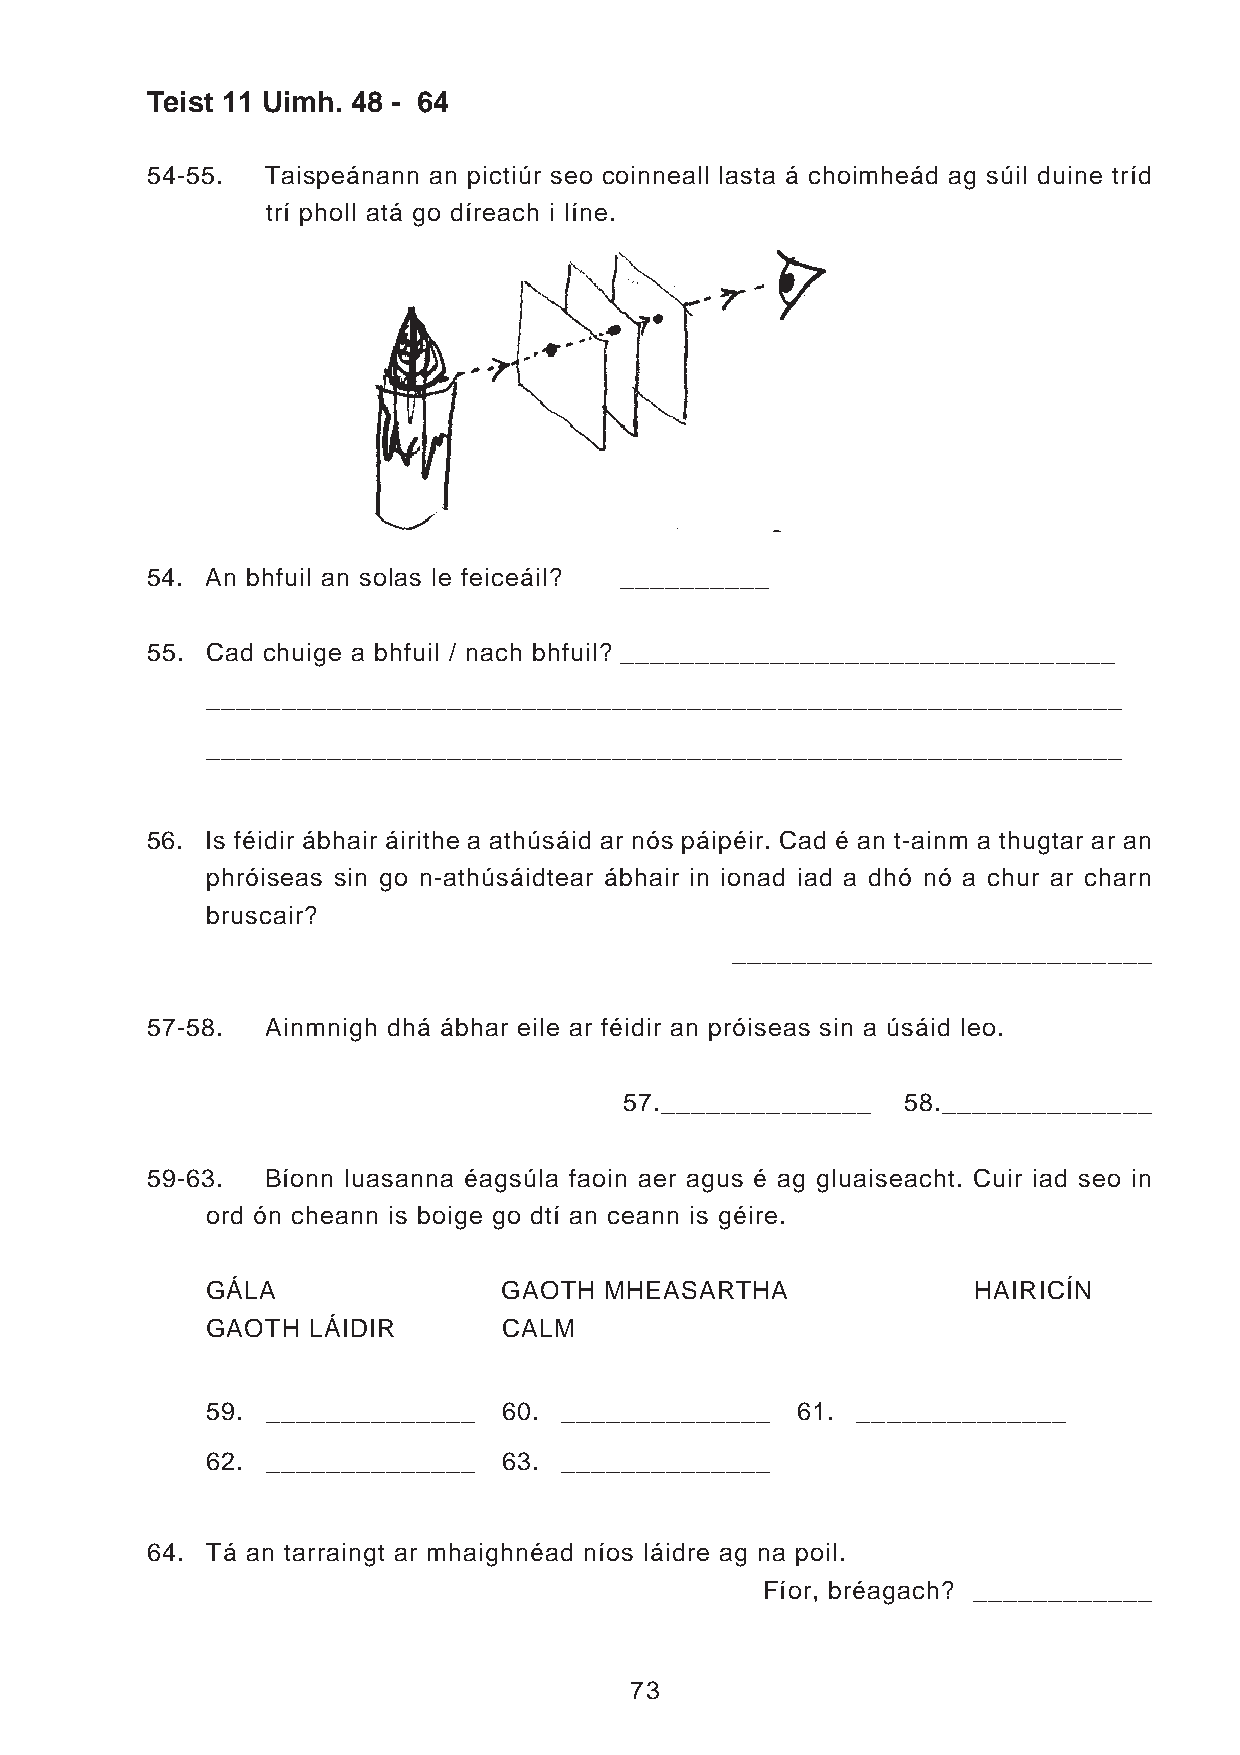
Teist 11 Uimh. 48 - 64
 54-55.  Taispeánann an pictiúr seo coinneall lasta á choimheád ag súil duine tríd
 trí pholl atá go díreach i líne.
 54. An bhfuil an solas le feiceáil? __________
 55. Cad chuige a bhfuil / nach bhfuil? _________________________________
 _____________________________________________________________
 _____________________________________________________________
 56. Is féidir ábhair áirithe a athúsáid ar nós páipéir. Cad é an t-ainm a thugtar ar an
 phróiseas sin go n-athúsáidtear ábhair in ionad iad a dhó nó a chur ar charn
 bruscair?
 ____________________________
 57-58.  Ainmnigh dhá ábhar eile ar féidir an próiseas sin a úsáid leo.
 57.______________  58.______________
 59-63.  Bíonn luasanna éagsúla faoin aer agus é ag gluaiseacht. Cuir iad seo in
 ord ón cheann is boige go dtí an ceann is géire.
 GÁLA               GAOTH  MHEASARTHA              HAIRICÍN
 GAOTH LÁIDIR       CALM
 59. ______________ 60. ______________  61. ______________
 62. ______________ 63. ______________
 64. Tá an tarraingt ar mhaighnéad níos láidre ag na poil.
 Fíor, bréagach? ____________
 73